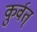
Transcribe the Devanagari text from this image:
कुर्वत्